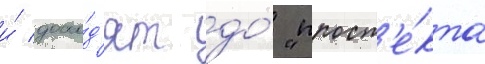
и́ дохо́д'ят до́ "просп'е́кта